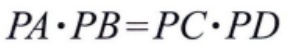
\(PA\cdot PB = PC\cdot PD\)